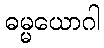
ဓမ္မယောဂါ